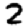
Digit: 2